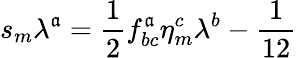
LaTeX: s_{m}\lambda^{\mathfrak{a}}=\frac{{1}}{{2}}f_{bc}^{\mathfrak{a}}\eta_{m}^{c}\lambda^{b}-\frac{{1}}{{12}}